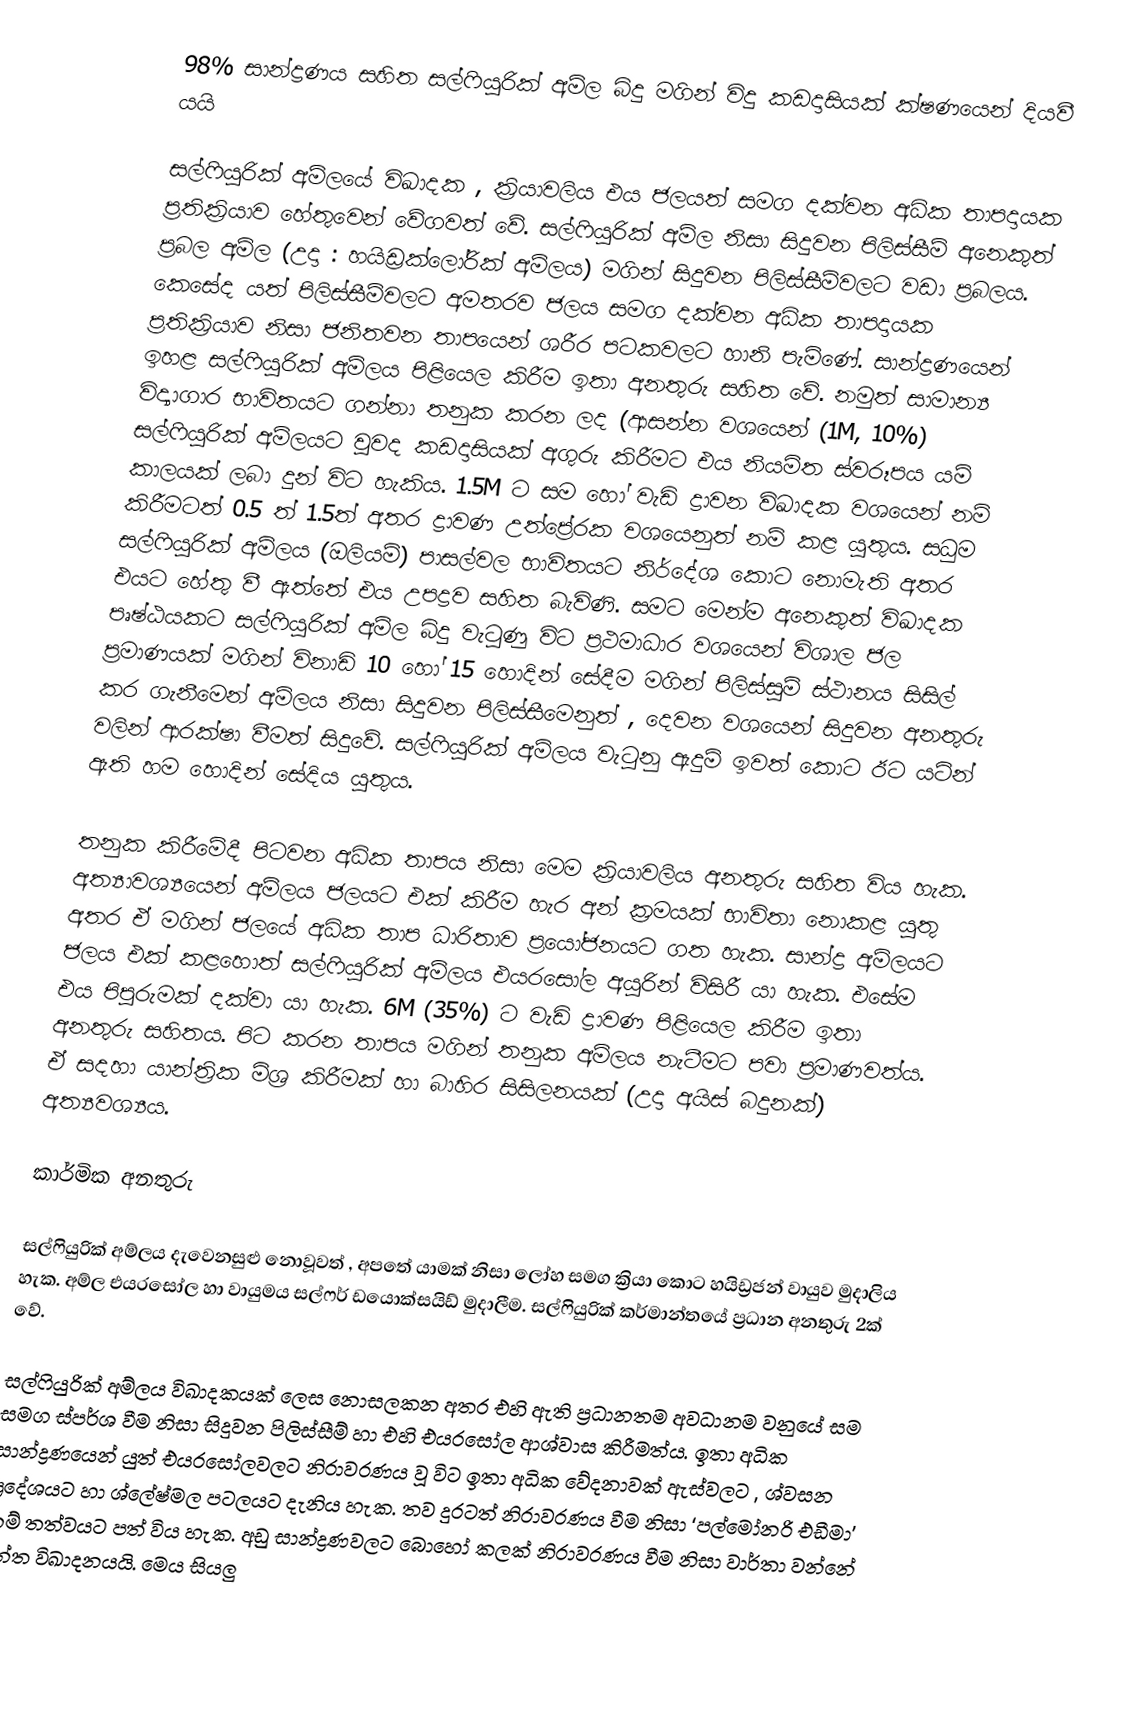
98% සාන්ද්‍රණය සහිත සල්ෆියුරික් අම්ල බිදු මගින් විදු කඩදාසියක් ක්ෂණයෙන් දියවී යයි

සල්ෆියුරික් අම්ලයේ විඛාදක , ක්‍රියාවලිය එය ජලයත් සමග දක්වන අධික තාපදායක ප්‍රතික්‍රියාව හේතුවෙන් වේගවත් වේ. සල්ෆියුරික් අම්ල නිසා සිදුවන පිලිස්සීම් අනෙකුත් ප්‍රබල අම්ල (උදා : හයිඩ්‍රක්ලෝරික් අම්ලය) මගින් සිදුවන පිලිස්සීම්වලට වඩා ප්‍රබලය. කෙසේද යත් පිලිස්සීම්වලට අමතරව ජලය සමග දක්වන අධික තාපදායක ප්‍රතික්‍රියාව නිසා ජනිතවන තාපයෙන් ශරීර පටකවලට හානි පැමිණේ. සාන්ද්‍රණයෙන් ඉහළ සල්ෆියුරික් අම්ලය පිළියෙල කිරීම ඉතා අනතුරු සහිත වේ. නමුත් සාමාන්‍ය විද්‍ය‍ාගාර භාවිතයට ගන්නා තනුක කරන ලද (ආසන්න වශයෙන් (1M, 10%)  සල්ෆියුරික් අම්ලයට වුවද කඩදාසියක් අගුරු කිරීමට එය නියමිත ස්වරූපය යම් කාලයක් ලබා දුන් විට හැකිය. 1.5M  ට සම හෝ වැඩි ද්‍රාවන විඛාදක වශයෙන් නම් කිරීමටත් 0.5 ත් 1.5ත් අතර ද්‍රාවණ උත්ප්‍රේරක වශයෙනුත් නම් කළ යුතුය. සධුම සල්ෆියුරික් අම්ලය (ඔලියම්) පාසල්වල භාවිතයට නිර්දේශ කොට නොමැති අතර එයට හේතු වී ඇත්තේ එය උපද්‍රව සහිත බැවිණි. සමට මෙන්ම අනෙකුත් විඛාදක පෘෂ්ඨයකට සල්ෆියුරික් අම්ල බිදු වැටුණු විට ප්‍රථමාධාර වශයෙන් විශාල ජල ප්‍රමාණයක් මගින් විනාඩි 10 හෝ 15 හොදින් සේදීම මගින් පිලිස්සුම් ස්ථානය සිසිල් කර ගැනීමෙන් අම්ලය නිසා සිදුවන පිලිස්සීමෙනුත් , දෙවන වශයෙන් සිදුවන අනතුරු වලින් ආරක්ෂා වීමත් සිදුවේ. සල්ෆියුරික් අම්ලය වැටුනු ඇදුම් ඉවත් කොට ඊට යටින් ඇති හම හොදින් සේදිය යුතුය.

තනුක කිරීමේදී පිටවන අධික තාපය නිසා මෙම ක්‍රියාවලිය අනතුරු සහිත විය හැක. අත්‍යාවශ්‍යයෙන් අම්ලය ජලයට එක් කිරීම හැර අන් ක්‍රමයක් භාවිතා නොකළ යුතු අතර ඒ මගින් ජලයේ අධික තාප ධාරිතාව ප්‍රයෝජනයට ගත හැක. සාන්ද්‍ර අම්ලයට ජලය එක් කළහොත් සල්ෆියුරික් අම්ලය එයරසෝල අයුරින් විසිරී යා හැක. එසේම එය පිපුරුමක් දක්වා යා හැක. 6M (35%)  ට වැඩි ද්‍රාවණ පිළියෙල කිරීම ඉතා අනතුරු සහිතය. පිට කරන තාපය මගින් තනුක අම්ලය නැටීමට පවා ප්‍රමාණවත්ය. ඒ සදහා යාන්ත්‍රික මිශ්‍ර කිරීමක් හා බාහිර සිසිලනයක් (උදා අයිස් බදුනක්) අත්‍යවශ්‍යය.

කාර්මික අනතුරු

සල්ෆියුරික් අම්ලය දැවෙනසුළු නොවූවත් , අපතේ යාමක් නිසා ලෝහ සමග ක්‍රියා කොට හයිඩ්‍රජන් වායුව මුදාලිය හැක. අම්ල එයරසෝල හා වායුමය සල්ෆර් ඩයොක්සයිඩ් මුදාලීම. සල්ෆියුරික් කර්මාන්තයේ ප්‍රධාන අනතුරු 2ක් වේ.

සල්ෆියුරික් අම්ලය විඛාදකයක් ලෙස නොසලකන අතර එහි ඇති ප්‍රධානතම අවධානම වනුයේ සම සමග ස්පර්ශ වීම නිසා සිදුවන පිලිස්සීම් හා එහි එයරසෝල ආශ්වාස කිරීමත්ය. ඉතා අධික සාන්ද්‍රණයෙන් යුත් එයරසෝලවලට නිරාවරණය වූ විට ඉතා අධික වේදනාවක් ඇස්වලට , ශ්වසන ප්‍රදේශයට හා ශ්ලේෂ්මල පටලයට දැනිය හැක. තව දුරටත් නිරාවරණය වීම නිසා ‘පල්මෝනරි එඩීමා’ නම් තත්වයට පත් විය හැක. අඩු සාන්ද්‍රණවලට බොහෝ කලක් නිරාවරණය වීම නිසා වාර්තා වන්නේ දන්ත විඛාදනයයි. මෙය සියලු